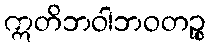
ဣတိဘဝါဘဝတဉ္စ